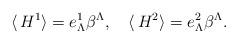
LaTeX: \begin{align*}\langle \, H^1 \rangle = e^1_{\Lambda} \beta^\Lambda, \quad \langle\, H^2\rangle = e^2_{\Lambda} \beta^\Lambda. \end{align*}